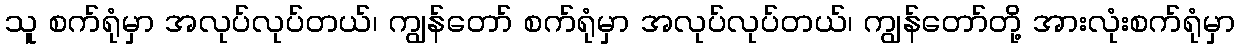
သူ စက်ရုံမှာ အလုပ်လုပ်တယ်၊ ကျွန်တော် စက်ရုံမှာ အလုပ်လုပ်တယ်၊ ကျွန်တော်တို့ အားလုံးစက်ရုံမှာ